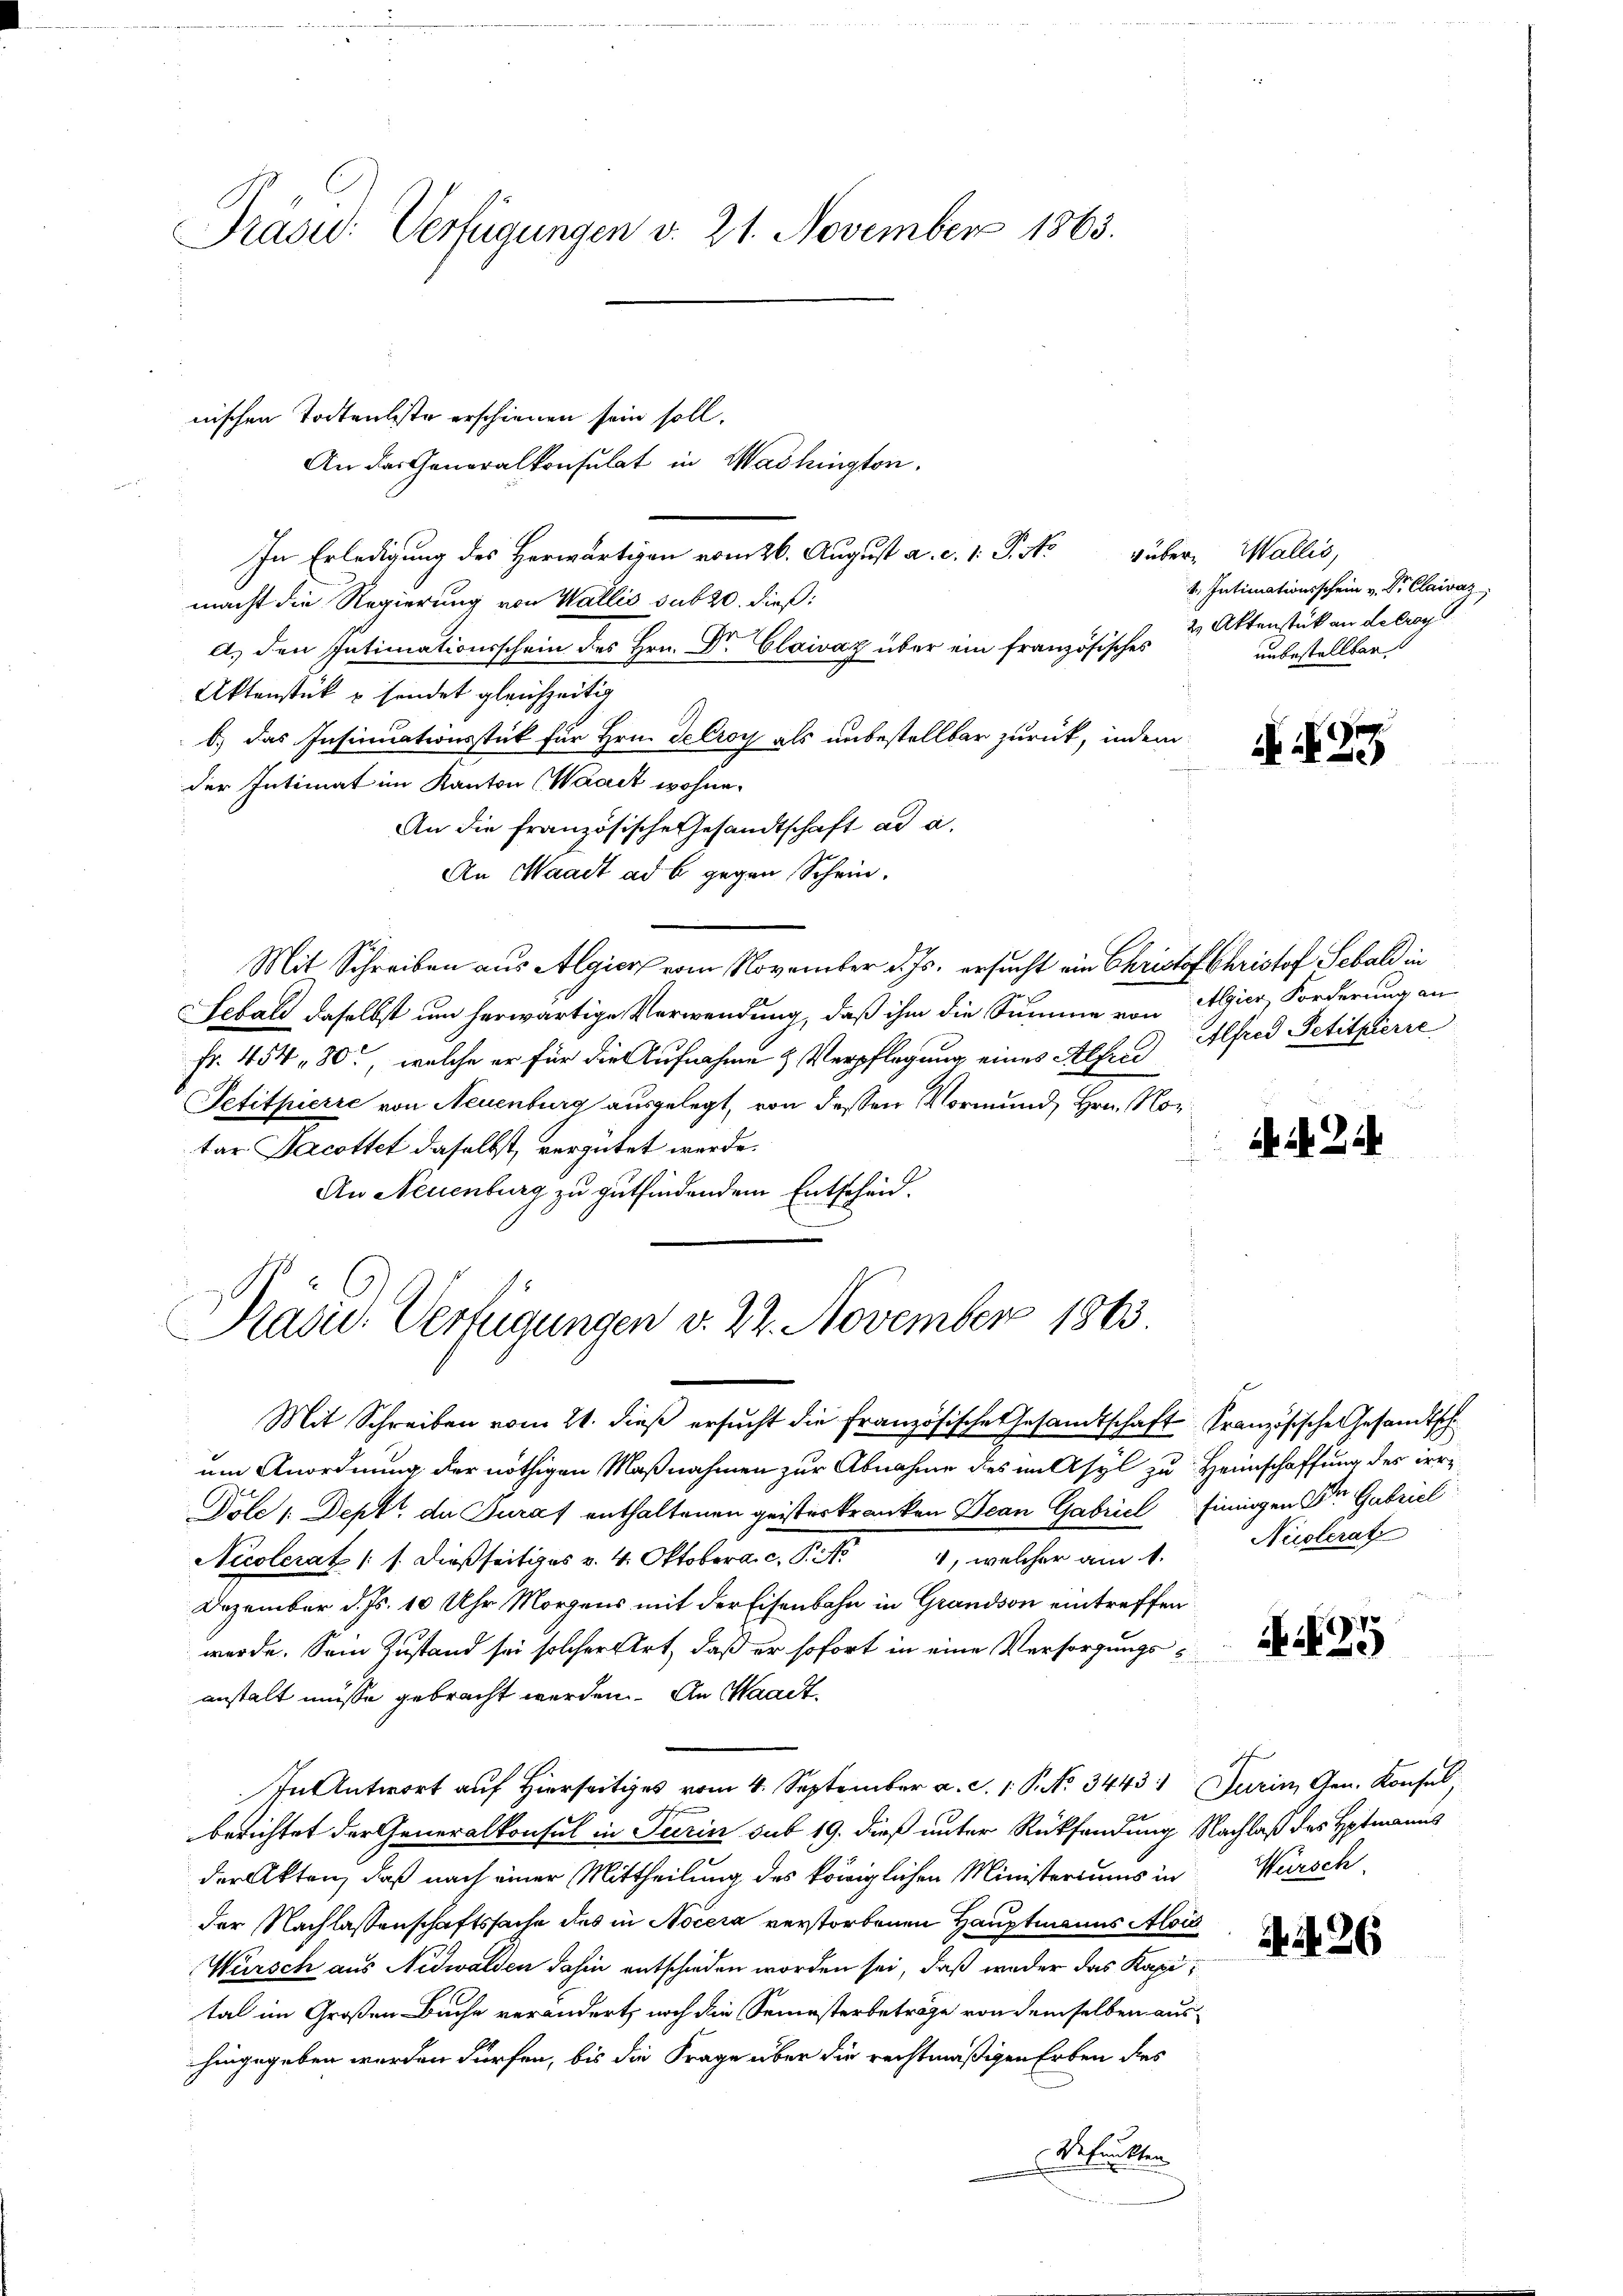
Präsu: Verfügungen v. 21. November 1863.

An der Generalkonsulat in Washingten.
In Erledigung des Herwärtigen vom 26. August a. c. 1. P. Nr. über Wallis,
macht die Regierung von Wallis sub 20. dieß:
a.) den Intimationsschein des Hrn. Dr. Claivaz über ein französisches
Aktenstück u sendet gleichzeitig
b.) das Insinuationsstück für Hrn. Gekroy als unbestellbar zurück, indem
der Intimat im Kanton (Waadt wohne.
An die französische Gesandtschaft ad a.
An Waadt ad b. gegen Schein.
Mit Schreiben aus Algier vom November d. Js. ersucht ein Christof Christof Sebald in
Sebald daselbst um herwärtige Verwendung, daß ihm die Summe von Algier, Forderung an
Fr. 454 80, welche er für die Aufnahme & Verpflegung eines Alfr. Alfred Petitpierre
Petitpierre von Neuenburg ausgelegt, von dessen Vormund, Hrn. Notar Jacottet daselbst, vergütet werde.
An Neuenburg zu gutfindendem Entscheid.
Pasie-Verfügungen v. 22. November 1863.
Mit Schreiben vom 21. dieß ersucht die Französische Gesandtschaft französische Gesandtsch
um Anordnung der nöthigen Maßnahmen zur Abnahme des in Asyl zu Heimschaffung des irri
Dole , Dept. de Turaf enthaltenen geisteskranken Bean Gabriel finnigen Dr Gabriel
Nécolerat (s. dießseitiges v. 4. Oktober a.c. P. 4, welcher am 1.
Dezember d. Js. 10 Uhr Morgens mit der Eisenbahn in Grandson eintreffen
werde. Sein Zustand sei solcher Art, daß er sofort in eine Versorgungsanstalt müsse gebracht werden. An Waadt,
In Antwort auf hiers vom 4. September a. c. 1 S. 34431 Turin, Gen. Konsul,
berichtet der Generalkonsul in Turin sub 19. dieß unter Rücksendung Nachlaß des Hptmanns
der Akten, daß nach einer Mittheilung des königlichen Ministeriums in Würsch
der Nachlassenschaftssache des in Nocera verstorbenen Hauptmanns Alois
Würsch aus Nidwalden dahin entschieden worden sei, daß weder das Kapital im Großen Buche verändert, noch die Semesterbeträge von demselben aushingegeben werden dürfen, bis die Frage über die rechtmäßigen Erben des
Defunkten

nischen Todtenbeste erschienen sein soll.

4., Intimationsschein v. Dr. Clairaz
2 Aktenstück an de troy
unbestellbar

N. N. 25

24 x

Nuolerat

25

N 226